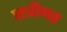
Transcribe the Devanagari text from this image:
छत्रीगत